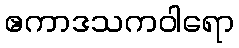
ဧကာဒသကဝါရော